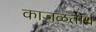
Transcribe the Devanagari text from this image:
काजळतीर्थ